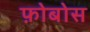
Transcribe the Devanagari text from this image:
फ़ोबोस